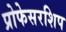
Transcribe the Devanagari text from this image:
प्रोफेसरशिप